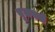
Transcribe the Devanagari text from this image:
बुजवले